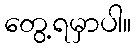
တွေ့ရမှာပါ။